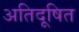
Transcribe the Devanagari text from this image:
अतिदूषित